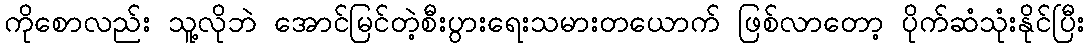
ကိုစောလည်း သူ့လိုဘဲ အောင်မြင်တဲ့စီးပွားရေးသမားတယောက် ဖြစ်လာတော့ ပိုက်ဆံသုံးနိုင်ပြီး